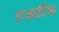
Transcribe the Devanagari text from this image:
एआर्टिक